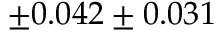
\pm 0 . 0 4 2 \pm 0 . 0 3 1